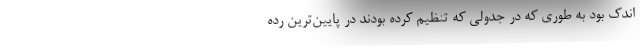
اندک بود به طوری که در جدولی که تنظیم کرده بودند در پایین‌ترین رده